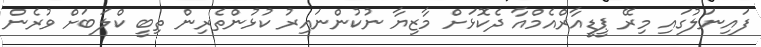
ފައިނަލުގައި މިރޭ ޕީޑީއާރްއެމްއާ ދެކޮޅަށް މާޒިޔާ ނުކުންނައިރު ކުޅުންތެރިން ތިބީ ކްލަބަށް ވުރެން